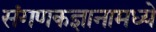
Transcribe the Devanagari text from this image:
संगणकज्ञानामध्ये